Report on the working of the Ranchi Indian Mental Hospital, Kanke, in Bihar and Orissa - 1930-1940
Year: 1930
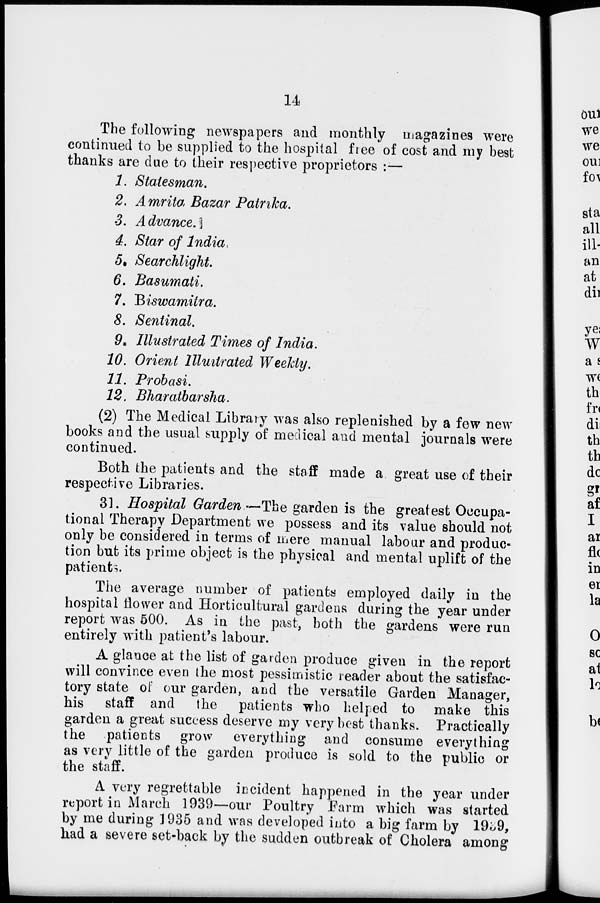
14
The following newspapers and monthly magazines were
continued to be supplied to the hospital free of cost and my best
thanks are due to their respective proprietors :—
1. Statesman.
2. Amrita Bazar Patrika.
3. Advance.
4. Star of India.
5. Searchlight.
6. Basumati.
7. Biswamitra.
8. Sentinal.
9. Illustrated Times of India.
10. Orient Illustrated Weekly.
11. Probasi.
12. Bharatbarsha.
(2) The Medical Library was also replenished by a few new
books and the usual supply of medical and mental journals were
continued.
Both the patients and the staff made a great use of their
respective Libraries.
31. Hospital Garden.—The garden is the greatest Occupa-
tional Therapy Department we possess and its value should not
only be considered in terms of mere manual labour and produc-
tion but its prime object is the physical and mental uplift of the
patients.
The average number of patients employed daily in the
hospital flower and Horticultural gardens during the year under
report was 500. As in the past, both the gardens were run
entirely with patient's labour.
A glance at the list of garden produce given in the report
will convince even the most pessimistic reader about the satisfac-
tory state of our garden, and the versatile Garden Manager,
his staff and
the patients who helped to make this
garden a great success deserve my very best thanks. Practically
the patients grow everything and consume everything
as very little of the garden produce is sold to the public or
the staff.
A very regrettable incident happened in the year under
report in March 1939—our Poultry Farm which was started
by me during 1935 and was developed into a big farm by 1939,
had a severe set-back by the sudden outbreak of Cholera among